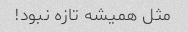
مثل همیشه تازه نبود!